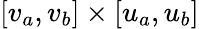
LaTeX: [v_{a},v_{b}]\times[u_{a},u_{b}]